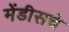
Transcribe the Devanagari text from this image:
मेंडीसचे